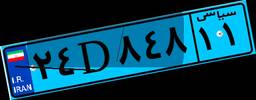
۲۴D۸۴۸۱۱